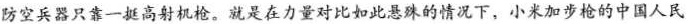
防空兵器只靠一挺高射机枪。就是在力量对比如此悬殊的情况下，小米加步枪的中国人民